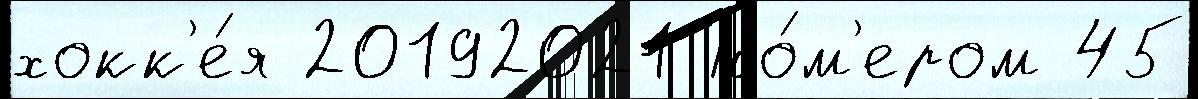
хокк'е́я 20192021 но́м'ером 45